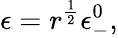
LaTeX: \epsilon=r^{\frac{1}{2}}\epsilon_{-}^{0},